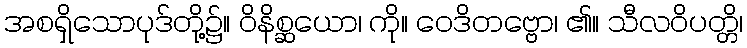
အစရှိသောပုဒ်တို့၌။ ဝိနိစ္ဆယော၊ ကို။ ဝေဒိတဗ္ဗော၊ ၏။ သီလဝိပတ္တိ၊